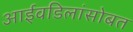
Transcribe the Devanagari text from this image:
आईवडिलांसोबत